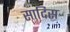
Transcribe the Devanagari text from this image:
सादिस